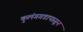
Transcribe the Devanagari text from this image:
कुलंगगडापासून